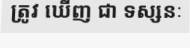
ត្រូវ ឃើញ ជា ទស្សនៈ